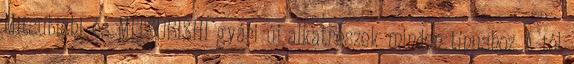
Mitsubishi és MITSUBISHI gyári új alkatrészek minden típushoz A-tól